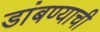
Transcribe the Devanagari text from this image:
डांबण्याची